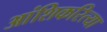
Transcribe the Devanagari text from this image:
आंशिकरित्या